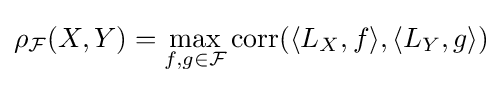
\rho _{\mathcal {F}}(X,Y)=\max _{f,g\in {\mathcal {F}}}\operatorname {corr} (\langle L_{X},f\rangle ,\langle L_{Y},g\rangle )